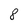
Character: 8